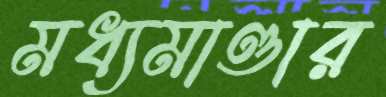
মধ্যমাণ্ডার